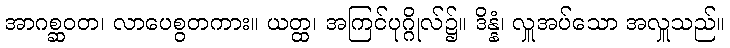
အာဂစ္ဆဝတ၊ လာပေစွတကား။ ယတ္ထ၊ အကြင်ပုဂ္ဂိုလ်၌။ ဒိန္နံ၊ လှူအပ်သော အလှူသည်။